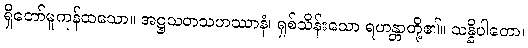
ရှိတော်မူကုန်ထသော။ အဋ္ဌသတသဟဿာနံ၊ ရှစ်သိန်းသော ရဟန္တာတို့၏။ သန္နိပါတော၊